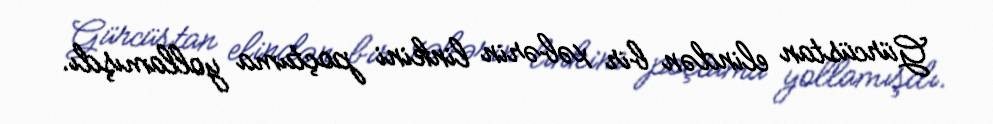
Gürcüstan elindən bir xəbərin linkini poçtuma yollamışdı.